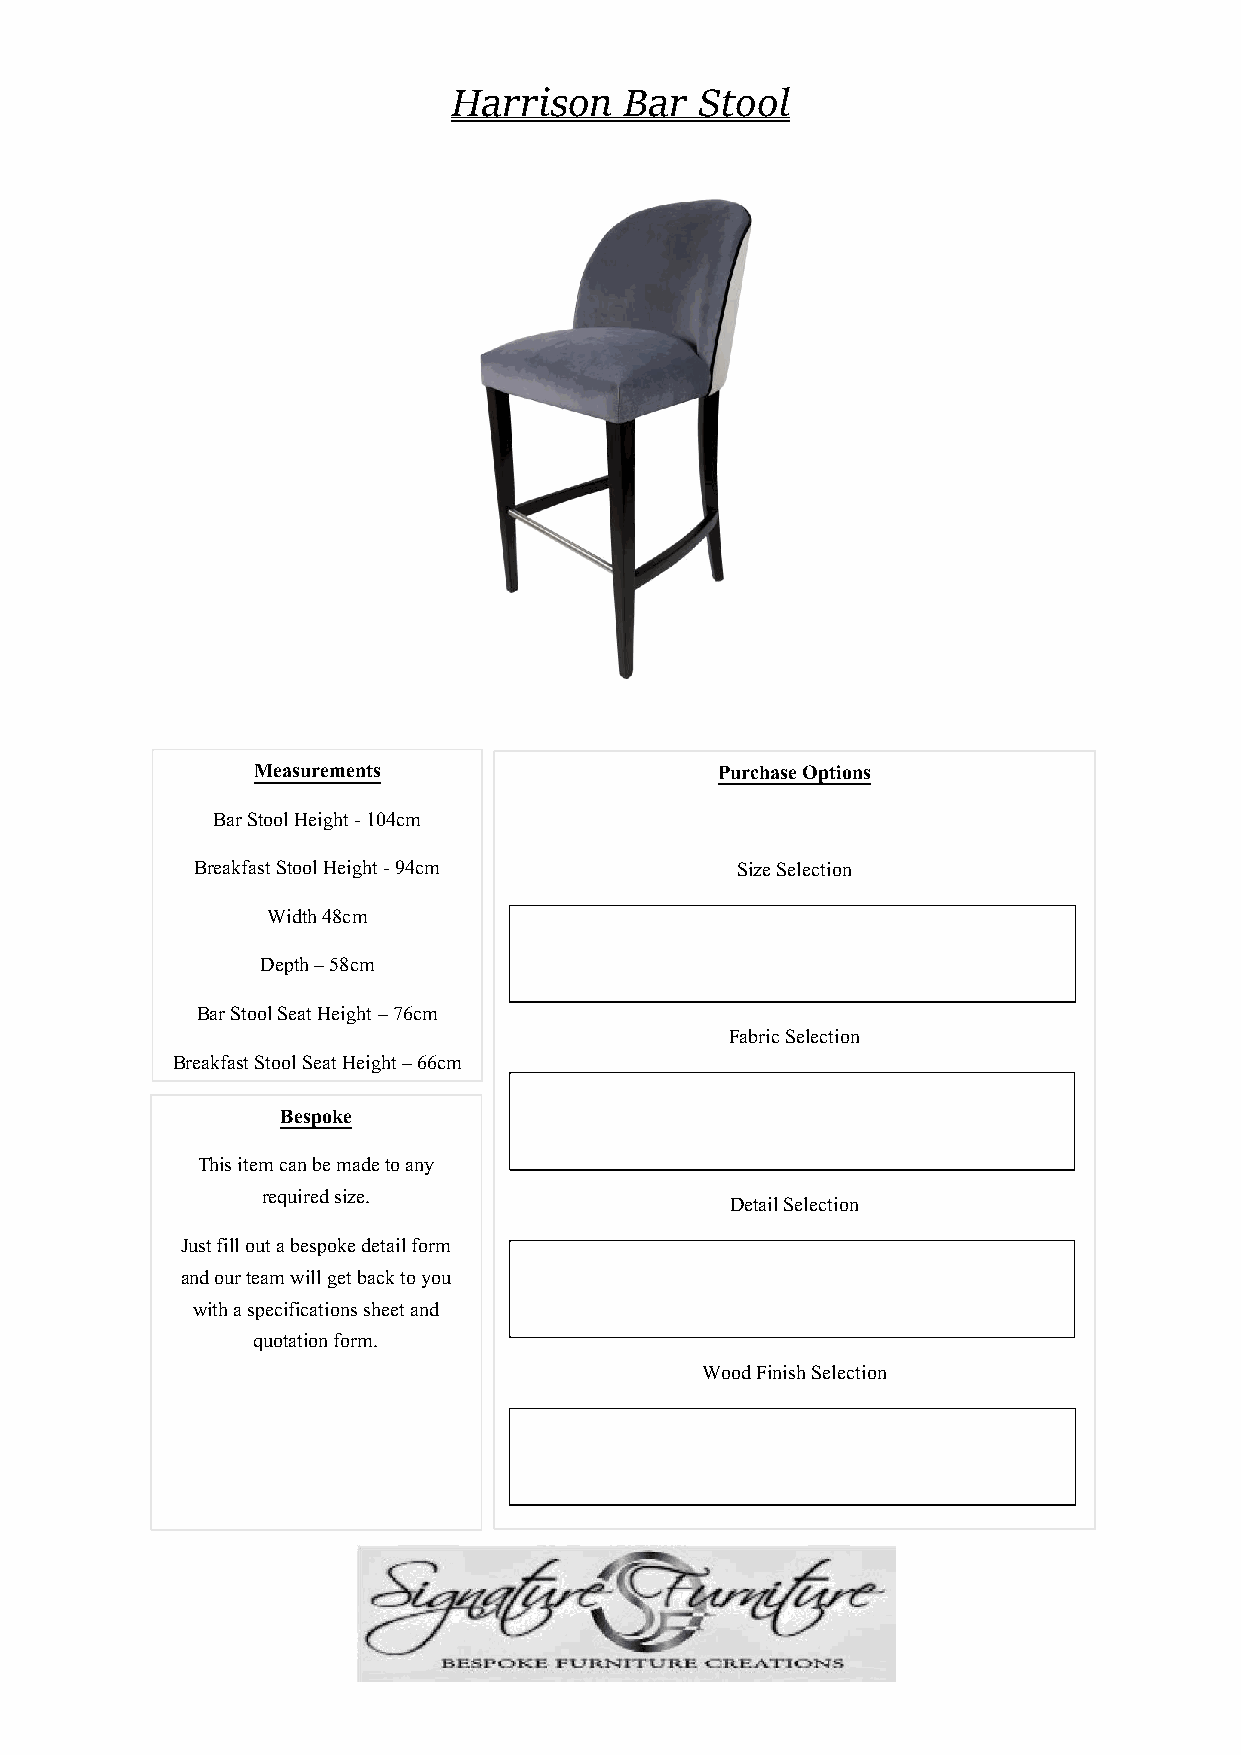
Harrison   Bar  Stool
 Measurements                   Purchase Options
 Bar Stool Height - 104cm
 Breakfast Stool Height - 94cm       Size Selection
 Width 48cm
 Depth 58cm
 –
 Bar Stool Seat Height 76cm
 –
 Fabric Selection
 Breakfast Stool Seat Height 66cm
 –
 Bespoke
 This item can be made to any
 required size.
 Detail Selection
 Just fill out a bespoke detail form
 and our team will get back to you
 with a specifications sheet and
 quotation form.
 Wood Finish Selection